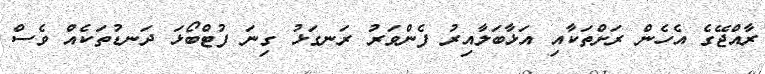
ރާއްޖޭގެ އެހެން ރަށްތަކާއި އަޅާބަލާއިރު ފެންވަރު ރަނގަޅު ގިނަ ފުޓްބޯޅަ ދަނޑުތަކެއް ވެސް